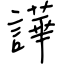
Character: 譁